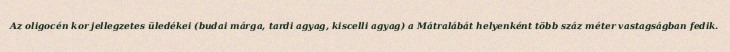
Az oligocén kor jellegzetes üledékei (budai márga, tardi agyag, kiscelli agyag) a Mátralábát helyenként több száz méter vastagságban fedik.